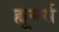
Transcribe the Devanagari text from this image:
ह्यूमर्स